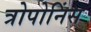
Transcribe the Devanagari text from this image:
त्रोपोनिंस